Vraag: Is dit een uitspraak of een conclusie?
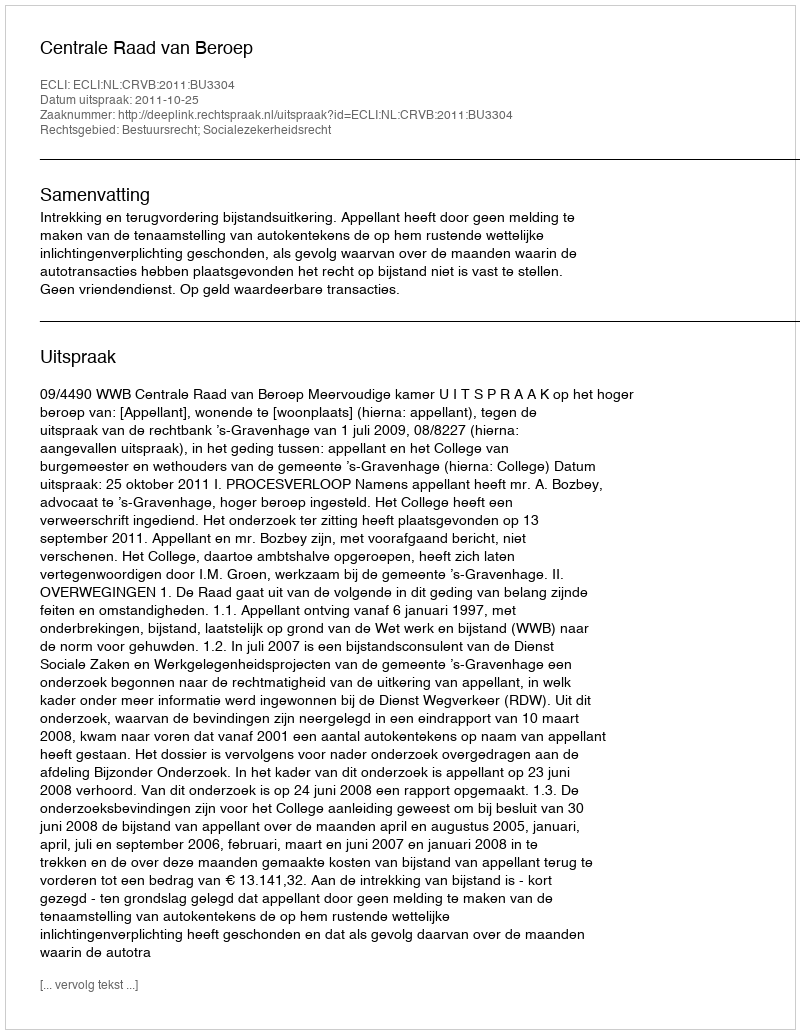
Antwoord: Uitspraak